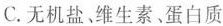
C.无机盐、维生素、蛋白质